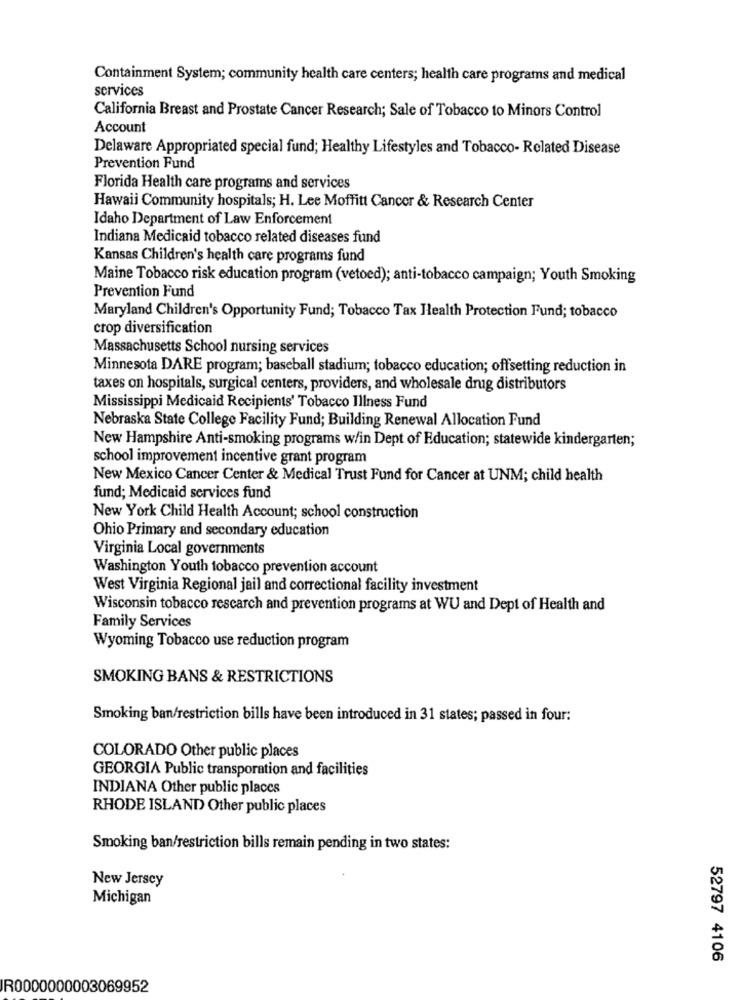
Containment System; community health care centers; health care programs and medical
services
California Breast and Prostate Cancer Research; Sale of Tobacco to Minors Control
Account
Delaware Appropriated special fund; Healthy Lifestyles and Tobacco- Related Disease
Prevention Fund
Florida Health care programs and services
Hawaii Community hospitals; H. Lee Moffitt Cancer & Research Center
Idaho Department of Law Enforcement
Indiana Medicaid tobacco related diseases fund
Kansas Children's health care programs fund
Maine Tobacco risk education program (vetoed); anti-tobacco campaign; Youth Smoking
Prevention Fund
Maryland Children's Opportunity Fund; Tobacco Tax Health Protection Fund; tobacco
crop diversification
Massachusetts School nursing services
Minnesota DARE program; baseball stadium; tobacco education; offsetting reduction in
taxes on hospitals, surgical centers, providers, and wholesale drug distributors
Mississippi Medicaid Recipients' Tobacco Illness Fund
Nebraska State College Facility Fund; Building Renewal Allocation Fund
New Hampshire Anti-smoking programs w/in Dept of Education; statewide kindergarten;
school improvement incentive grant program
New Mexico Cancer Center & Medical Trust Fund for Cancer at UNM; child health
fund; Medicaid services fund
New York Child Health Account; school construction
Ohio Primary and secondary education
Virginia Local governments
Washington Youth tobacco prevention account
West Virginia Regional jail and correctional facility investment
Wisconsin tobacco research and prevention programs at WU and Dept of Health and
Family Services
Wyoming Tobacco use reduction program
SMOKING BANS & RESTRICTIONS
Smoking ban/restriction bills have been introduced in 31 states; passed in four:
COLORADO Other public places
GEORGIA Public transporation and facilities
INDIANA Other public places
RHODE ISLAND Other public places
Smoking ban/restriction bills remain pending in two states:
New Jersey
Michigan
52797 4106
R0000000003069952